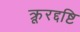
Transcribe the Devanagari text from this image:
क्रूरद्दष्टि